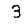
Digit: 3